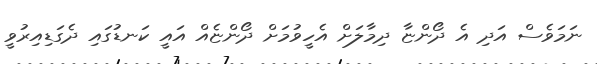
ނަމަވެސް އަދި އެ ދޯންޏާ ދިމާލަށް އެހީވުމަށް ދޯންޏެއް އައީ ކަނޑުގައި ދެގަޑިއިރުވީ